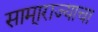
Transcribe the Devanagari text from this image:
सामा्राज्याचा